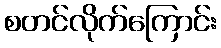
စတင်လိုက်ကြောင်း